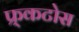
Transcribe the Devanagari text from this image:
फ्र्कटोस